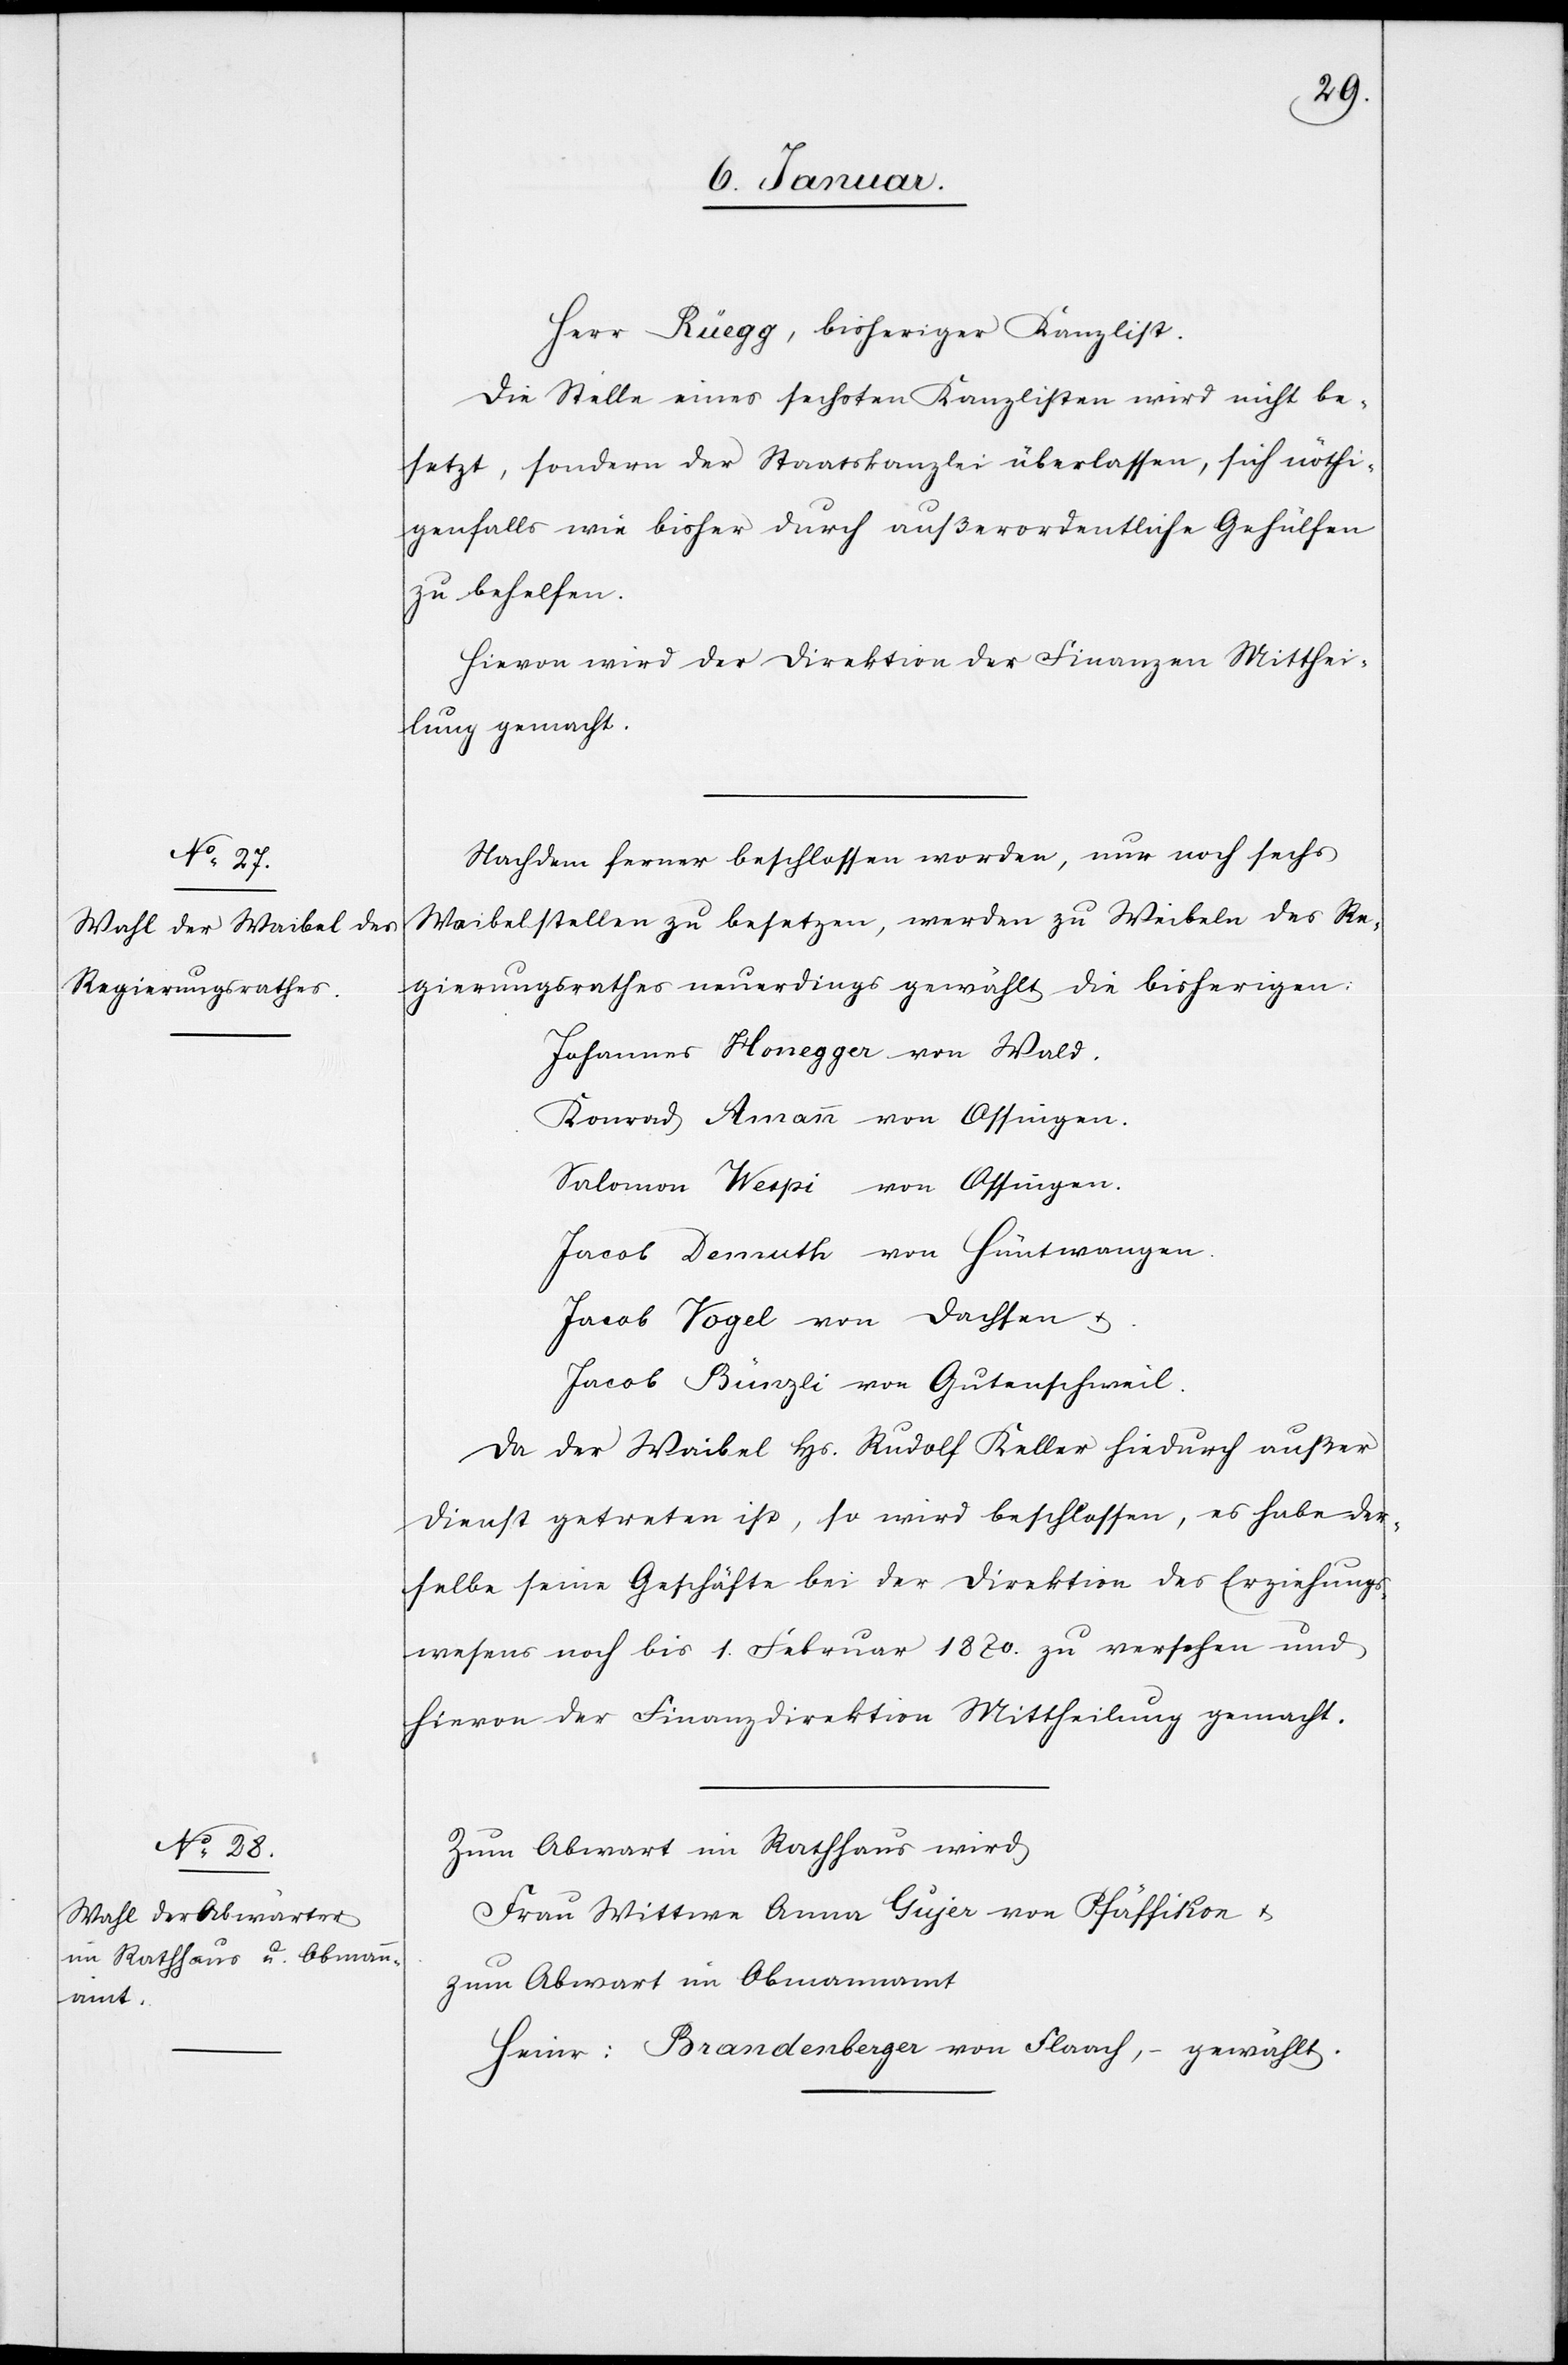
Herr Rüegg, bisheriger Kanzlist.
Die Stelle eines sechsten Kanzlisten wird nicht be¬
setzt, sondern der Staatskanzlei überlassen, sich nöthi¬
genfalls wie bisher durch außerordentliche Gehülfen
zu behelfen.
Hievon wird der Direktion der Finanzen Mitthei¬
lung gemacht.
Nachdem ferner beschlossen worden, nur noch sechs
Waibelstellen zu besetzen, werden zu Weibeln [sic!] des Re¬
gierungsrathes neuerdings gewählt die bisherigen:
Johannes Honegger von Wald.
Konrad Amann von Ossingen.
Salomon Wespi von Ossingen.
Jacob Demuth von Hüntwangen.
Jacob Vogel von Dachsen u.
Jacob Bünzli von Gutenschweil.
Da der Waibel Hs. Rudolf Keller hiedurch außer
Dienst getreten ist, so wird beschlossen, es habe der¬
selbe seine Geschäfte bei der Direktion des Erziehungs¬
wesens noch bis 1. Februar 1870. zu versehen und
hievon der Finanzdirektion Mittheilung gemacht.
Zum Abwart im Rathhaus wird
Frau Wittwe Anna Gujer von Pfäffikon u.
zum Abwart im Obmannamt
Heinr: Brandenberger von Flaach, – gewählt.